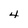
Character: 4